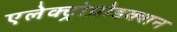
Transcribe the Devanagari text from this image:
एलेक्ट्रोप्रोडक्शन